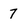
Character: 7